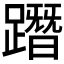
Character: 𨅔